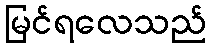
မြင်ရလေသည်